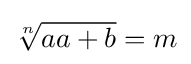
{\sqrt[{n}]{aa+b}}=m